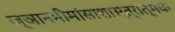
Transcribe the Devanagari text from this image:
ज्ञानमीमांसाशास्त्रात्मक